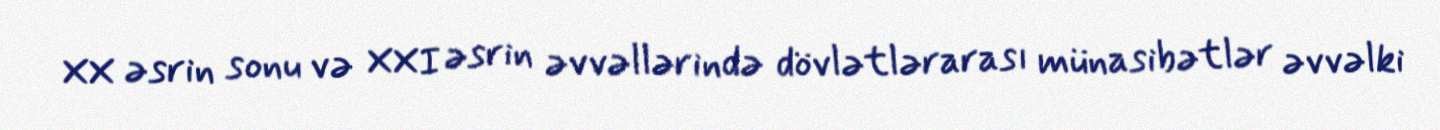
XX əsrin sonu və XXI əsrin əvvəllərində dövlətlərarası münasibətlər əvvəlki